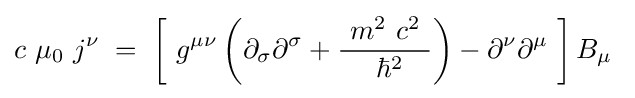
c\ \mu _{0}\ j^{\nu }\;=\;\left[\ g^{\mu \nu }\left(\partial _{\sigma }\partial ^{\sigma }+{\frac {\ m^{2}\ c^{2}\ }{\ \hbar ^{2}}}\right)-\partial ^{\nu }\partial ^{\mu }\ \right]B_{\mu }\